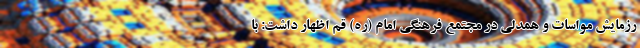
رزمایش مواسات و همدلی در مجتمع فرهنگی امام (ره) قم اظهار داشت: با